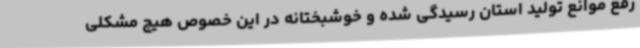
رفع موانع تولید استان رسیدگی شده و خوشبختانه در این خصوص هیچ مشکلی